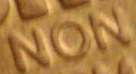
NON